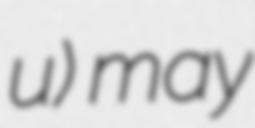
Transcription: u) may